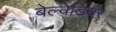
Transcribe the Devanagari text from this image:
बेल्वेडियर